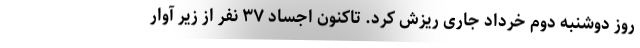
روز دوشنبه دوم خرداد جاری ریزش کرد. تاکنون اجساد ۳۷ نفر از زیر آوار